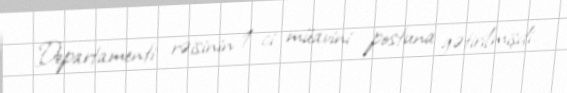
Departamenti rəisinin 1-ci müavini postuna gətirilmişdi.